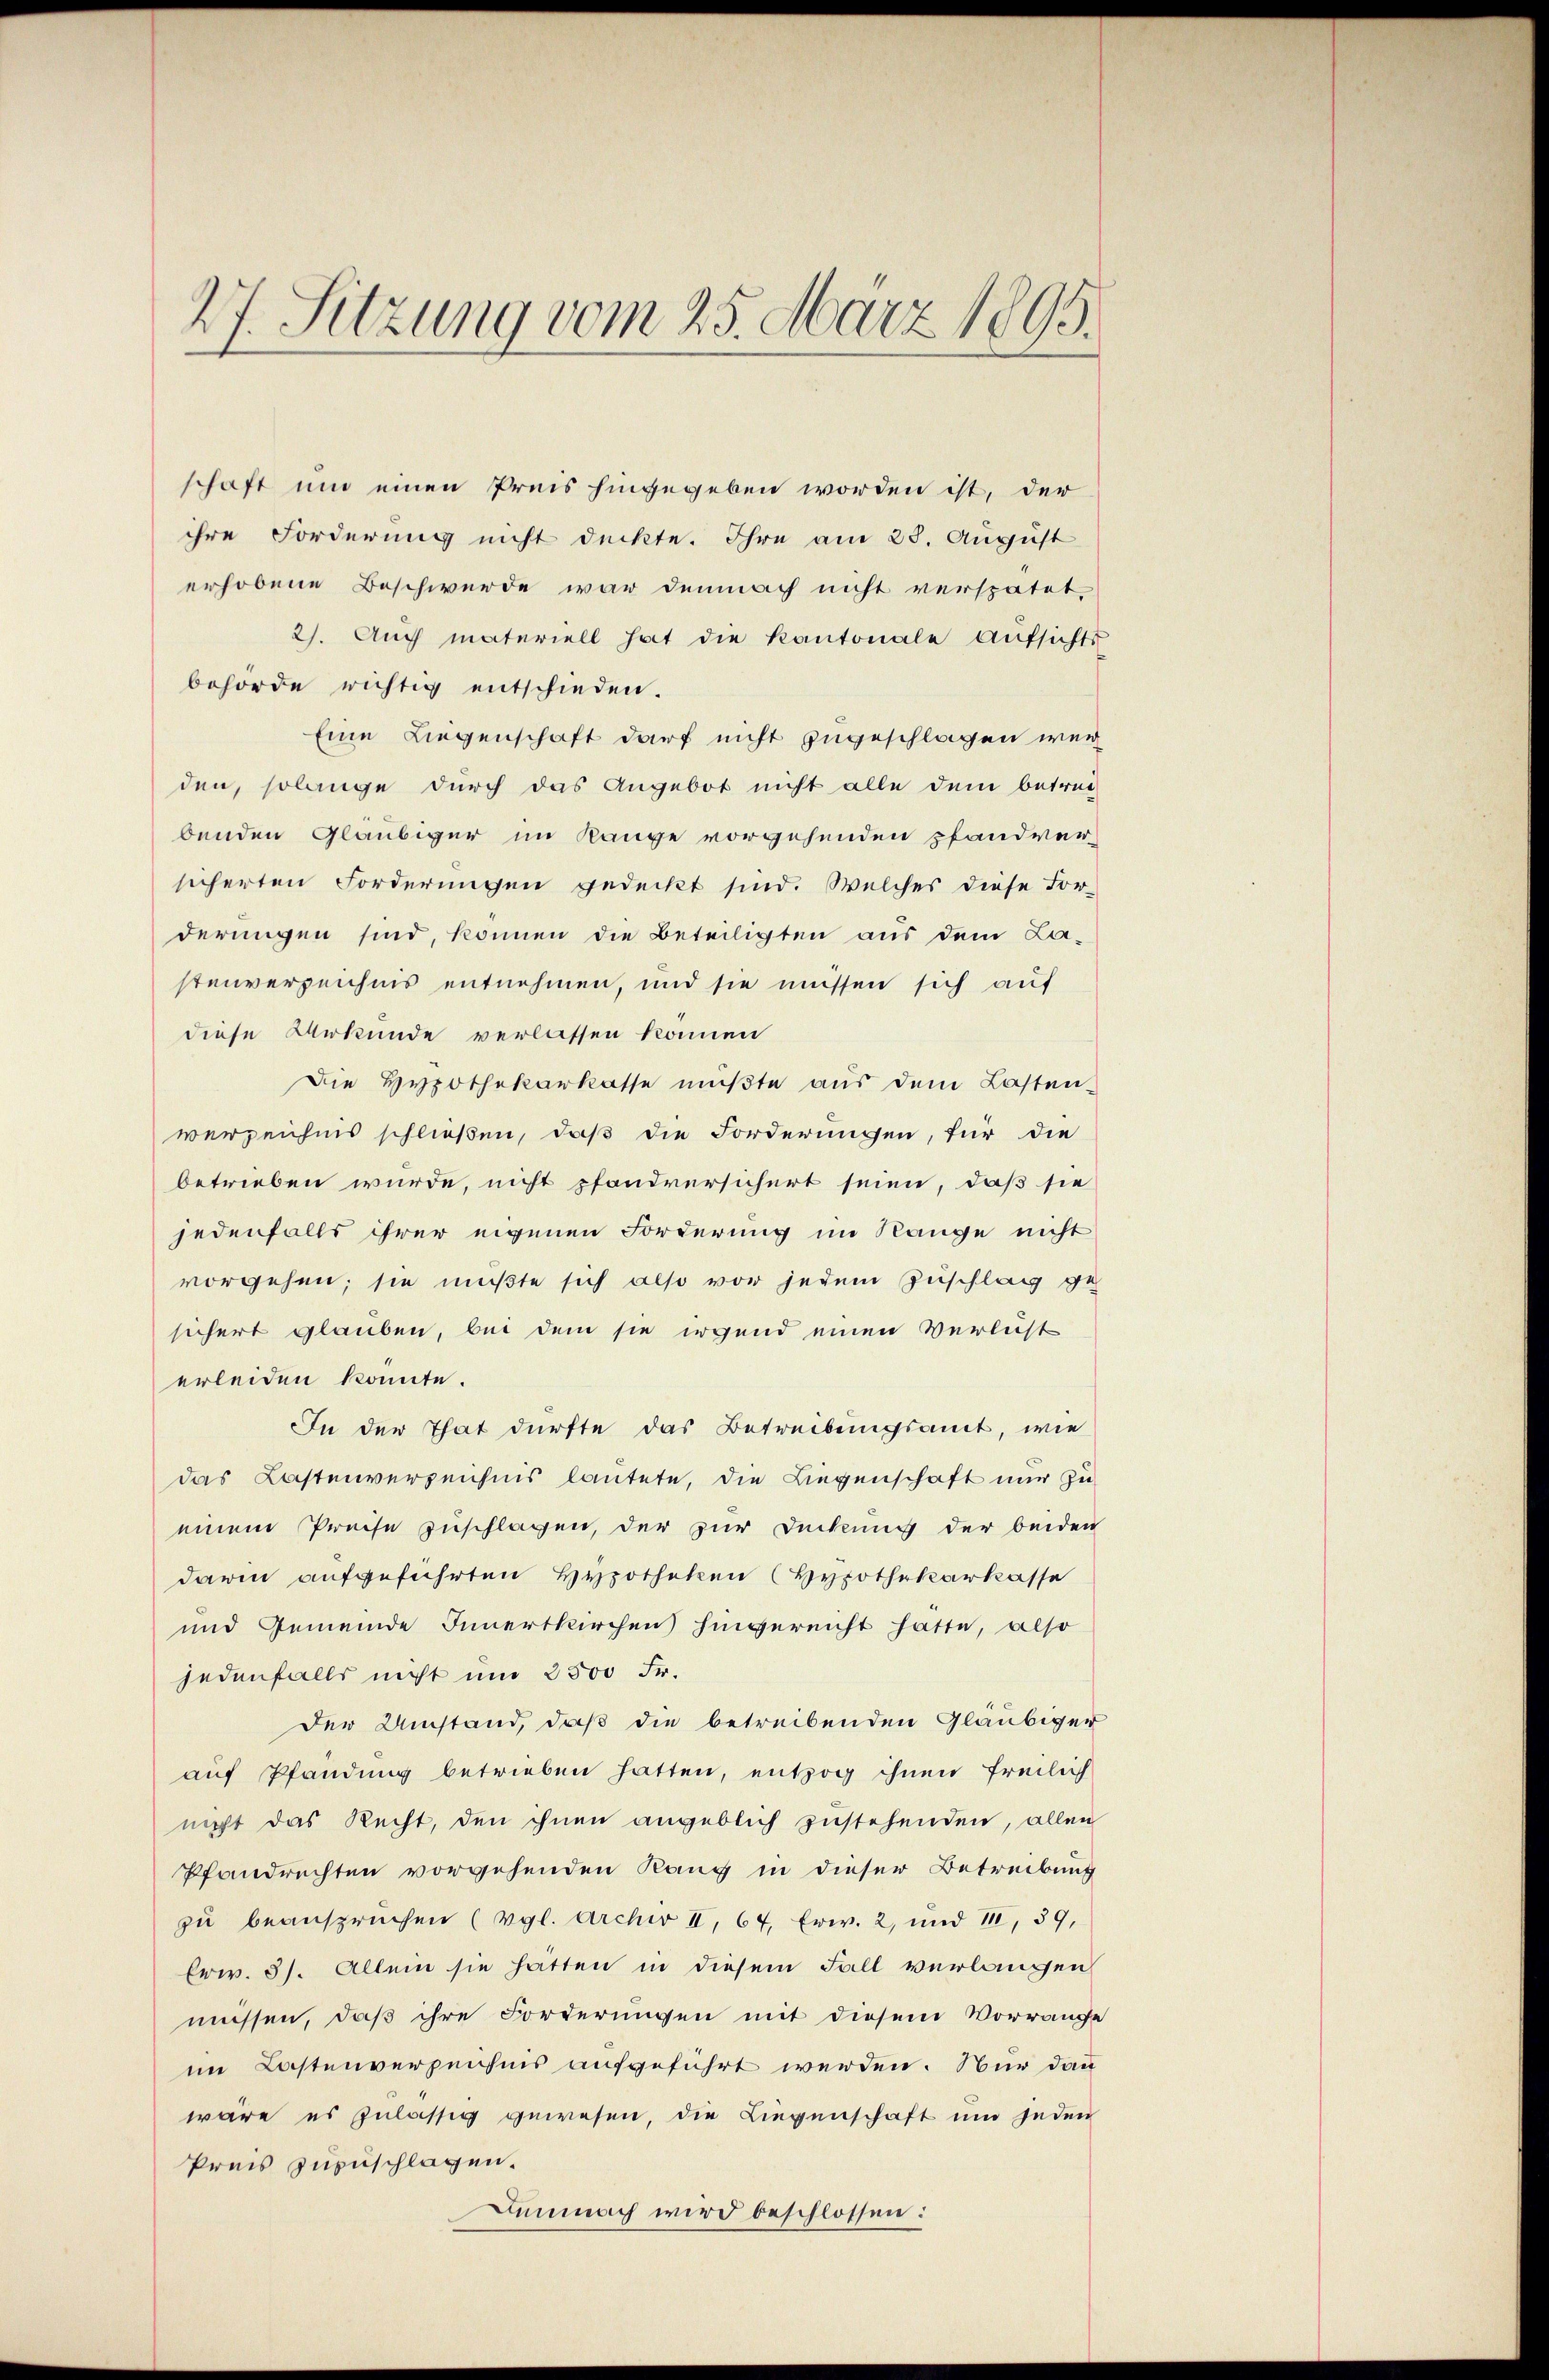
27. Sitzung vom 25. März 1895.

schaft um einen Preis hingegeben worden ist, der
ihre Forderung nicht deckte. Ihre am 23. August
erhobene Beschwerde war demnach nicht verspätet
2). Auch materiell hat die Kantonale Aŭfsichts
behörde richtig entschieden.
Eine Liegenschaft darf nicht zugeschlagen wer
den, solange durch das Angebot nicht alle dem betrag
benden Gläubiger im Range vorgehenden pfandver-
sicherten Forderungen gedeckt sind. Welches diese For-
derungen sind, können die Beteiligten aus dem La-
stenverzeichnis entnehmen, und sie müssen sich auf
diese Urkunde verlassen können
Die Hypothekarkasse müßte aus dem Lasten-
verzeichnis schließen, daß die Forderungen, für die
betrieben wurde, nicht pfandversichert seien, daß sie
jedenfalls ihrer eigenen Forderung im Range nicht
vorgehen; sie mußte sich also vor jedem Zuschlag ge
sichert glauben, bei dem sie irgend einen Verlust
erleiden könnte.
In der That dürfte das Betreibungsamt, wie
das Kastenverzeichnis lautete, die Liegenschaft nur zu
einem Preise zuschlagen, der zur Deckung der beiden
darin aufgeführten Hypotheken (Hypothekarkasse
und Gemeinde Innertkirchen hingereicht hatte, also
jedenfalls nicht um 2500 Fr.
Der Umstand, daß die betreibenden Gläubiger
auf Pfandung betrieben hatten, entzog ihnen freilich
nicht das Recht, den ihnen angeblich zustehenden, allen
Pfandrechten vorgehenden Rang in dieser Betreibung
zu beanspruchen (vgl. Archiv II, 67, Erw. 2, und 1, 39,
Erw. 31. Allein sie hätten in diesem Fall verlangen
müssen, daß ihre Forderungen mit diesem Vorrange
im Lastenverzeichnis aufgeführt werden. Nur dann
wäre es zulässig gewesen, die Liegenschaft und jeden
Preis zuzuschlagen.
Demnach wird beschlossen: